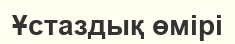
Ұстаздық өмірі